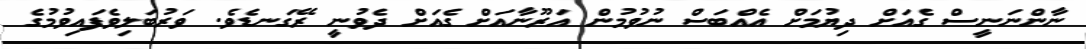
ނާންނަނީސް ގެއަށް ދިޔުމަށް އެއްބަސް ނުވުމުން އަރޫނާއަށް ގެއަށް ދެވުނީ ރޭގަނޑެވެ. ވަރުބަލިވެފައިވުމުގެ